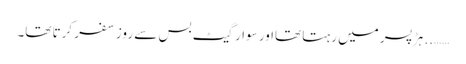
…….. ہڑ پسر میں رہتا تھااور سوارگیٹ بس سے روز سفر کرتا تھا۔